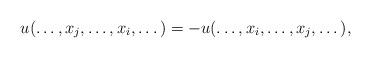
LaTeX: \begin{align*} u(\dots,x_j, \dots, x_i, \dots) = -u(\dots,x_i, \dots, x_j, \dots),\end{align*}